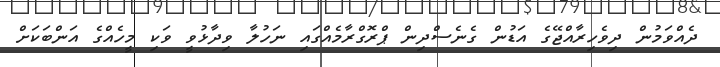
ދެއްވަމުން ދިވެހިރާއްޖޭގެ އަޑުން ގެނެސްދިން ޕްރޮގްރާމެއްގައި ނަހުލާ ވިދާޅުވީ ވަކި މީހެއްގެ އަންބަކަަށް